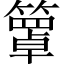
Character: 𥵙